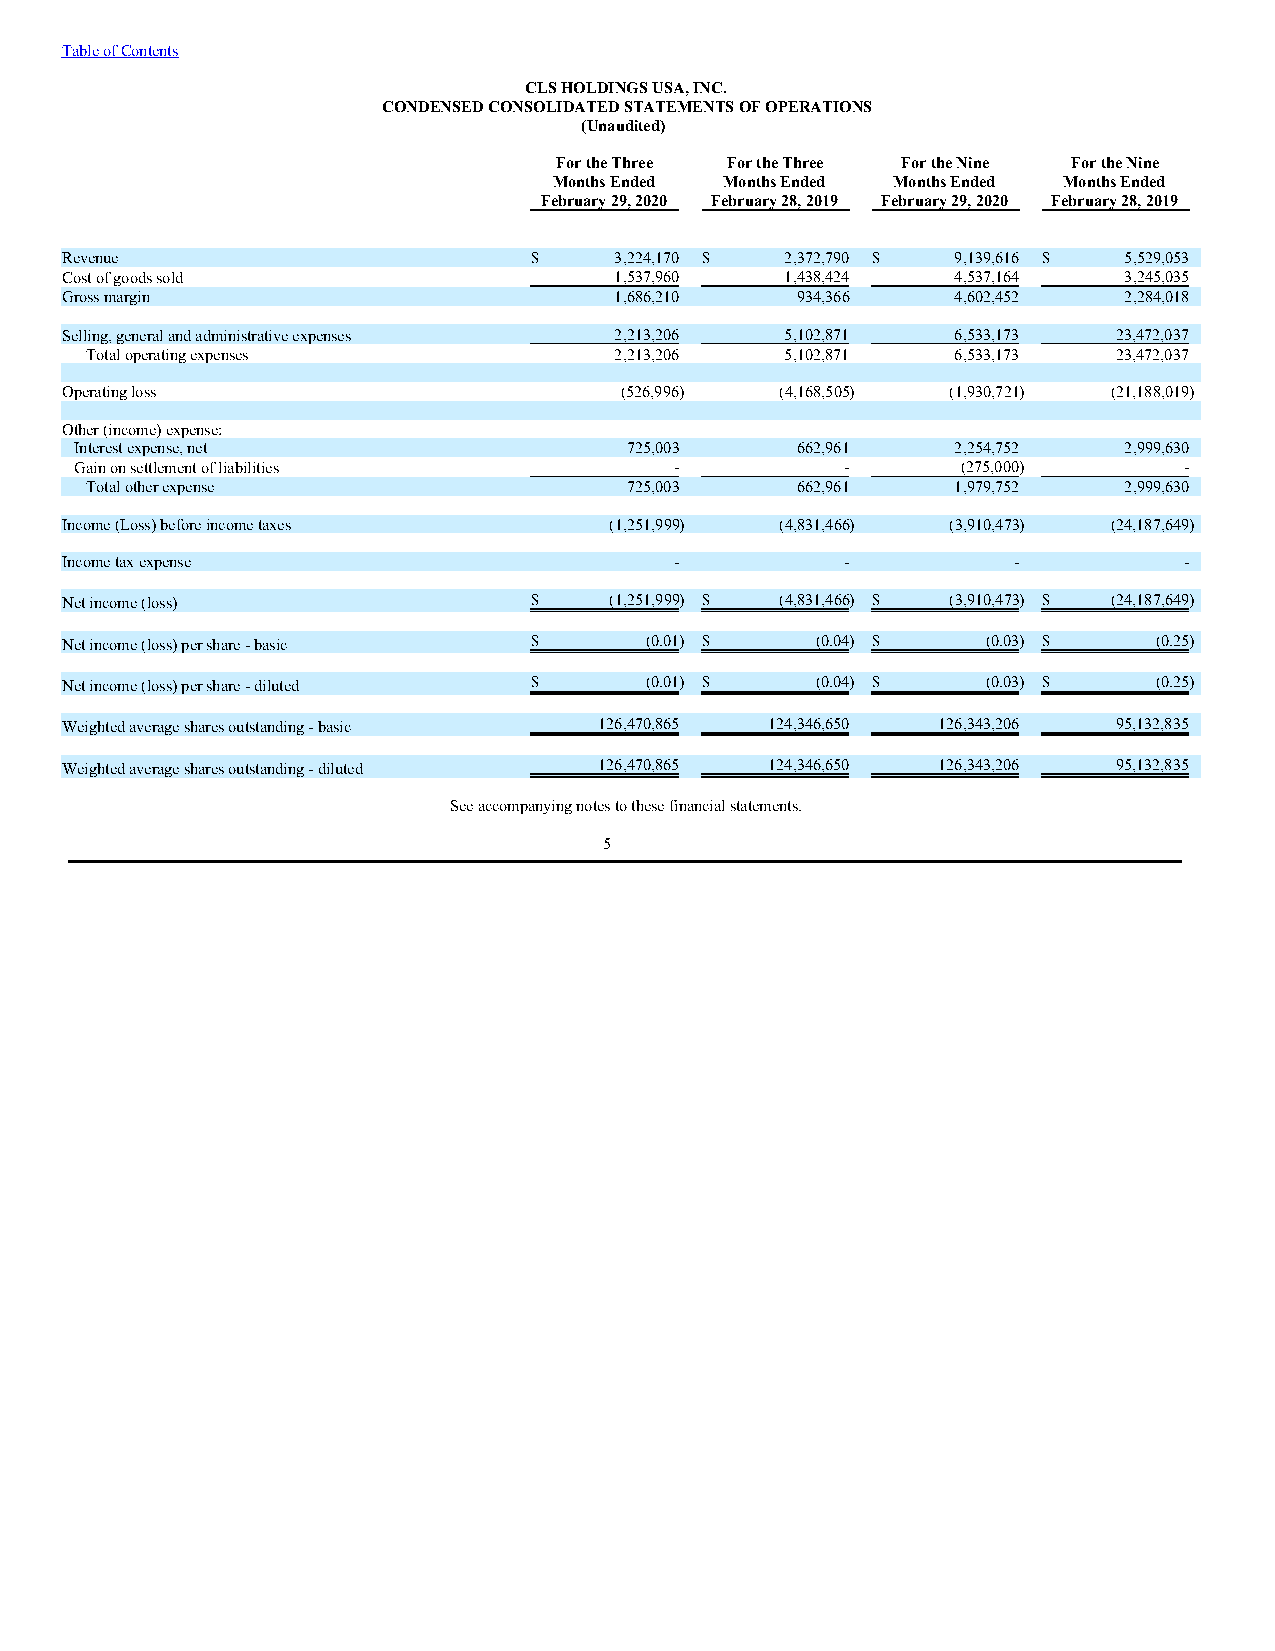
Table of Contents
 CLS HOLDINGS USA, INC.
 CONDENSED CONSOLIDATED STATEMENTS OF OPERATIONS
 (Unaudited)
 For the Three For the Three For the Nine For the Nine
 Months Ended Months Ended Months Ended Months Ended
 February 29, 2020 February 28, 2019 February 29, 2020 February 28, 2019
 Revenue                        $     3,224,170 $ 2,372,790 $ 9,139,616 $ 5,529,053
 Cost of goods sold                   1,537,960  1,438,424  4,537,164  3,245,035
 Gross margin                         1,686,210   934,366   4,602,452  2,284,018
 Selling, general and administrative expenses 2,213,206 5,102,871 6,533,173 23,472,037
 Total operating expenses           2,213,206  5,102,871  6,533,173  23,472,037
 Operating loss                       (526,996)  (4,168,505) (1,930,721) (21,188,019)
 Other (income) expense:
 Interest expense, net                725,003    662,961   2,254,752  2,999,630
 Gain on settlement of liabilities       -          -       (275,000)     -
 Total other expense                 725,003    662,961   1,979,752  2,999,630
 Income (Loss) before income taxes   (1,251,999) (4,831,466) (3,910,473) (24,187,649)
 Income tax expense                       -          -          -          -
 Net income (loss)              $    (1,251,999) $ (4,831,466) $ (3,910,473) $ (24,187,649)
 Net income (loss) per share - basic $  (0.01) $   (0.04) $   (0.03) $    (0.25)
 Net income (loss) per share - diluted $ (0.01) $  (0.04) $   (0.03) $    (0.25)
 Weighted average shares outstanding - basic 126,470,865 124,346,650 126,343,206 95,132,835
 Weighted average shares outstanding - diluted 126,470,865 124,346,650 126,343,206 95,132,835
 See accompanying notes to these financial statements.
 5